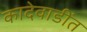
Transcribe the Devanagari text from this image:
कादेवाडींत